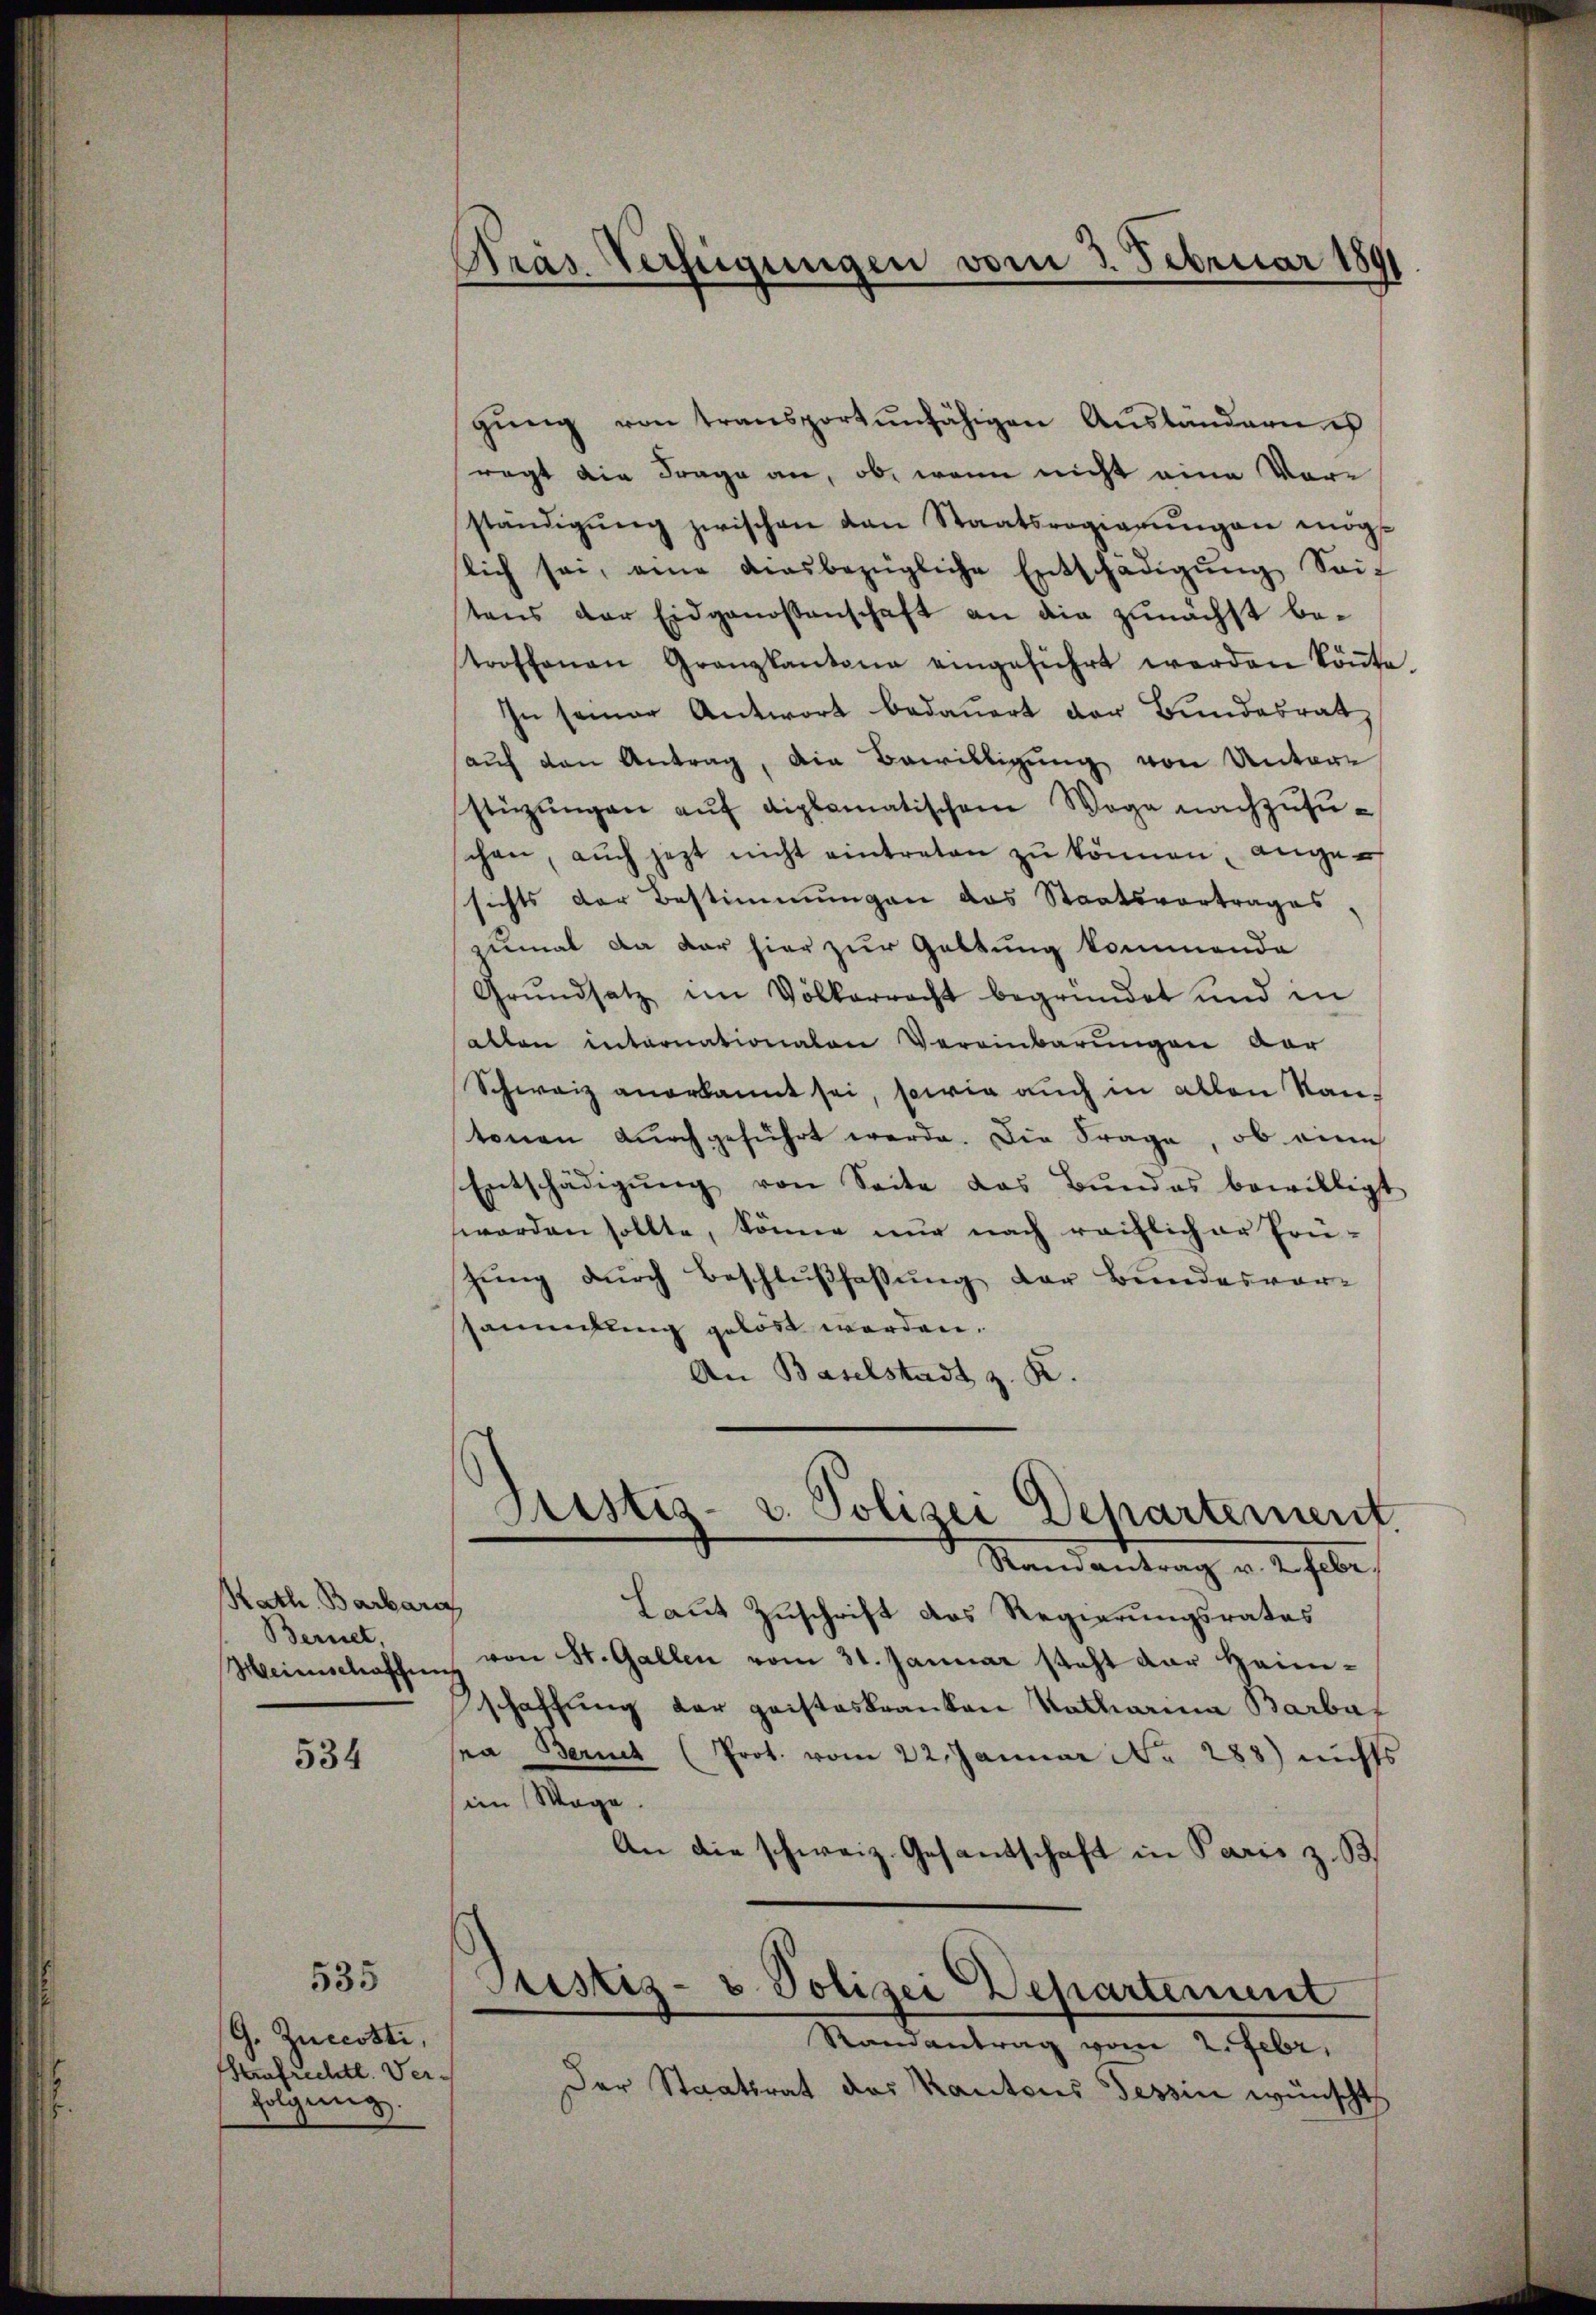
Kath. Barbara
Bernet,

534

G. Zuccotti,
Strafrechtl. Verfolgung

535

Kras. Verfügungen vom 3. Februar 180

gŭng von transportŭnfähigen Aŭsländern n
ragt die Frage an, ob, wenn nicht eine Vorständigŭng zwischen von Staatsregierŭngen mögt
slich sei, eine ausbezügliche Entschädigŭng Seif
tens der Eidgenossenschaft an die zunächst betroffenen Granzkantone eingeführt werden köṅte.
In seiner Antwort bedauert der Bundesrat
auf den Antrag, die Bewilligung von Untere
stüzungen aŭf diplomatischem Wege nachzusuchen, auch jetzt nicht eintreten zŭ können, angesichts der Bestimmungen das Staatsvortrages
zumal da der hier zur Gattung kommende
Grŭndsatz im Völkerrecht begründet und in
allen internationalen Vereinbarungen vor
Schweiz anerkannt sei, sowie auch in allen Kantonen dŭrchgeführt werde. Die Frage, ob eine
Entschädigŭng von Seite das Bŭndes bewilligt
worden sollte, könne nur nach reiflicher frü-
zung durch Beschlußfaßung der Bundesvorsammlung gelöst werden.
An Baselstadt z. K.
Justiz- u. Polizei Departement
Ramantrag v. 2. Febr.
Laut Zuschrift des Regierungsrates
Weinschaffung von St. Gallen vom 31. Januar steht dar heim-
schaffung der gaisteskranken Katharina Barbar
sa Bernet (Prot. vom 22. Januar Nr. 288) nichts
sein Wege.
An die schweiz. Gesantschaft in Paris z. B.
Justiz- & Polizei Departement
Randantrag vom 2. Febr.
Der Staatsrat des Kantons Tessin wünscht